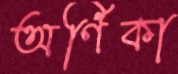
অর্ণিকা